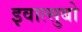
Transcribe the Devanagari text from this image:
इवात्सुबो